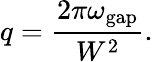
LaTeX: q=\frac{2\pi\omega_{\mathrm{gap}}}{W^{2}}.